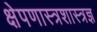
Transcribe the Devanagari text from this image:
क्षेपणास्त्रशास्त्रज्ञ